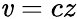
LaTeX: \mathit{v}=cz